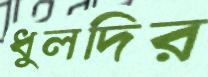
ধুলদির